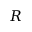
R